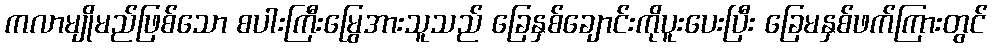
ကလာမျိုမည်ဖြစ်သော စပါးကြီးမြွေအားသူသည် ခြေနှစ်ချောင်းကိုပူးပေးပြီး ခြေမနှစ်ဖက်ကြားတွင်